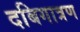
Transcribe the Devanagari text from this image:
दबिगात्रण